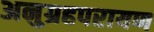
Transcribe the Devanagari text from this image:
अनुग्रहपरायण